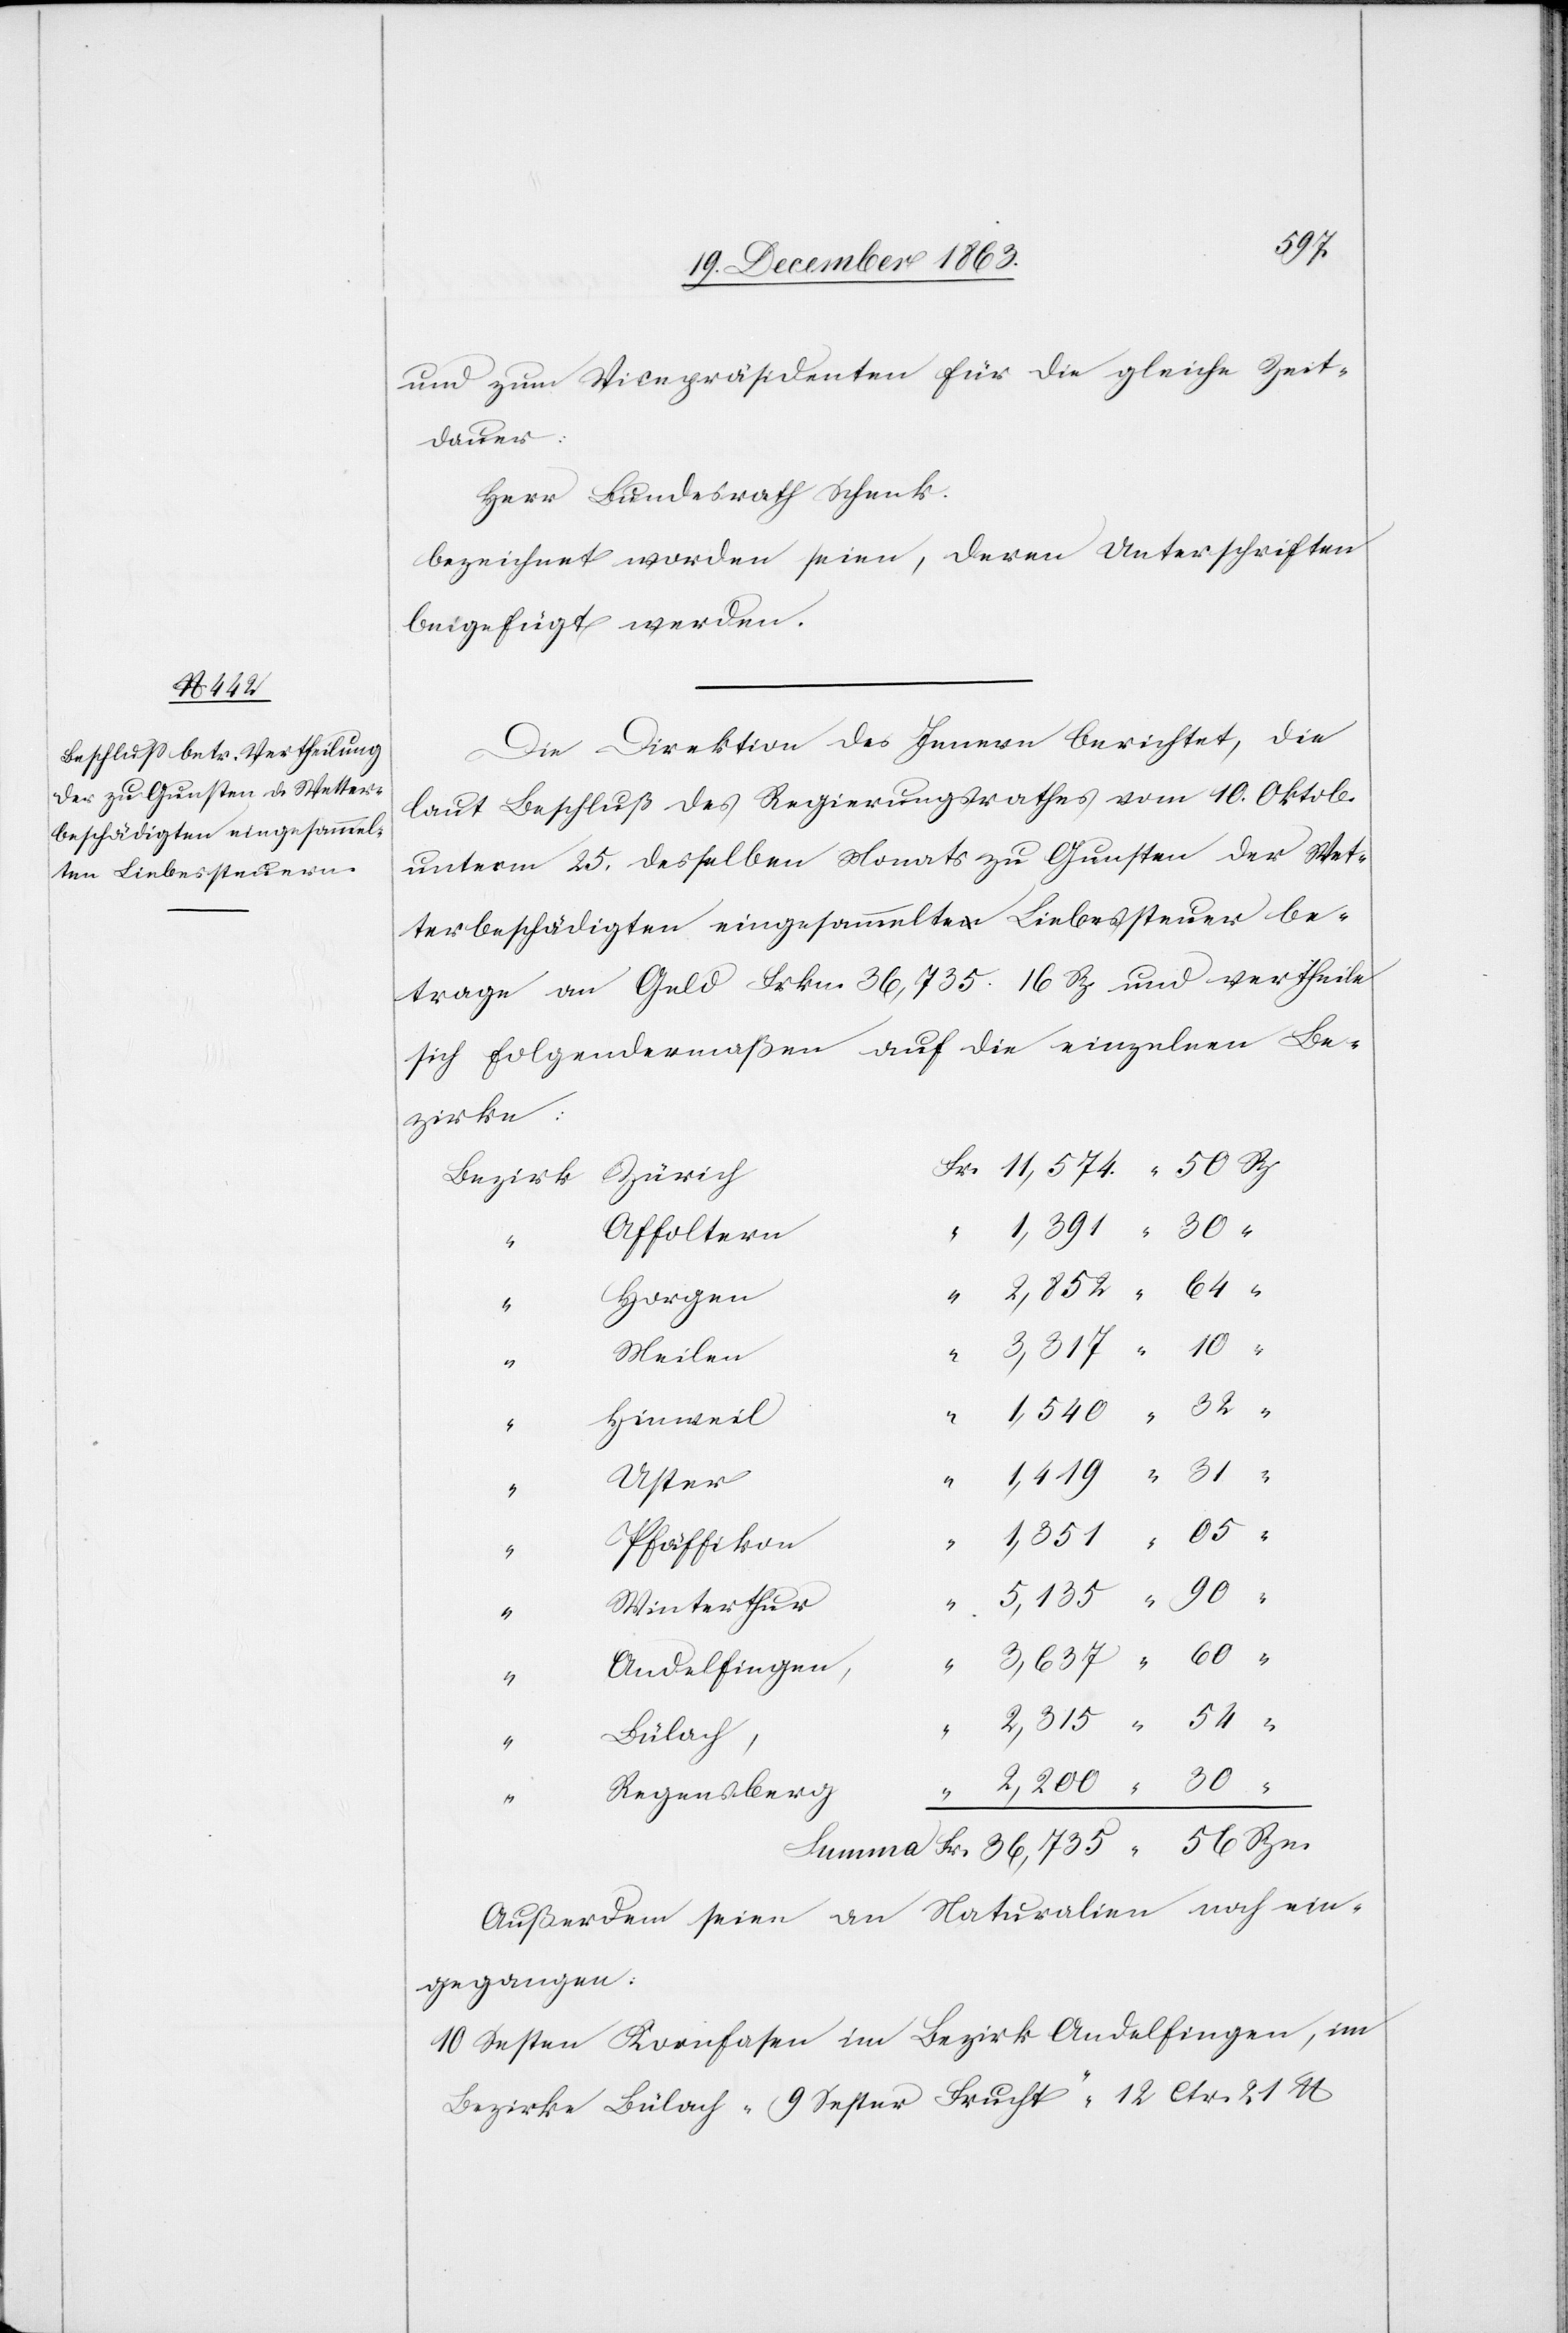
56
und zum Vicepräsidenten für die gleiche Zeit¬
dauer:
Herr Bundesrath Schenk.
bezeichnet worden seien, deren Unterschriften
beigefügt werden.
Die Direktion des Innern berichtet, die
laut Beschluß des Regierungsrathes vom 10. Oktob.
unterm 25. desselben Monats zu Gunsten der Wet¬
terbeschädigten eingesammelte Liebessteuer be¬
trage an Geld Frkn. 36,735. 16 Rp. und vertheile
sich folgendermaßen auf die einzelnen Be¬
zirke:
Affoltern
Horgen
Meilen
“
10
Hinweil
Fr.
“
Uster
“
Pfäffikon
“
“
Winterthur
90
Andelfingen,
“
Bülach,
Regensberg
Außerdem seien an Naturalien noch ein¬
gegangen:
10 Sesten [sic!] Kornfasen im Bezirk Andelfingen, im
Bezirke Bülach „9 Sester Frucht“ „12 Ctr. 21 lb.